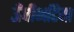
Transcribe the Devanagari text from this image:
ऊँचीभटिया